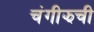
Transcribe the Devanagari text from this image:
चंगीझची